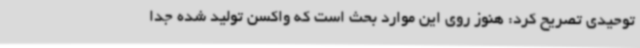
توحیدی تصریح کرد: هنوز روی این موارد بحث است که واکسن تولید شده جدا